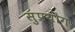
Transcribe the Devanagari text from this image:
सुप्रयोग